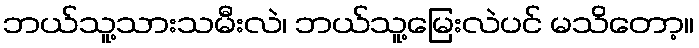
ဘယ်သူ့သားသမီးလဲ၊ ဘယ်သူ့မြေးလဲပင် မသိတော့။